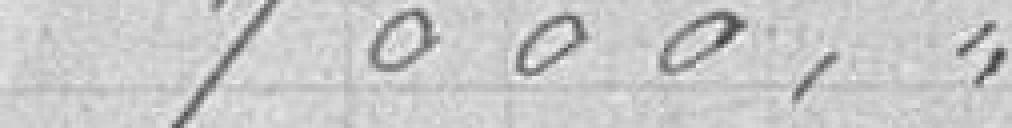
7000